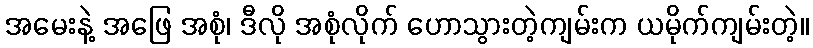
အမေးနဲ့ အဖြေ အစုံ၊ ဒီလို အစုံလိုက် ဟောသွားတဲ့ကျမ်းက ယမိုက်ကျမ်းတဲ့။